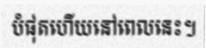
បំផុតហើយនៅពេលនេះ។